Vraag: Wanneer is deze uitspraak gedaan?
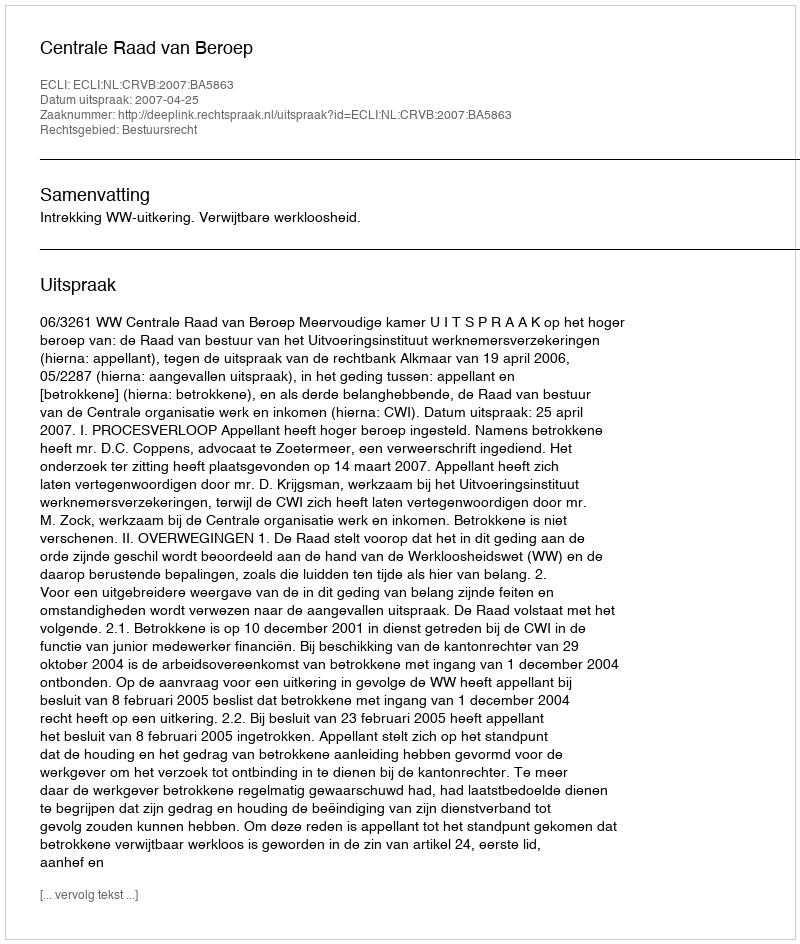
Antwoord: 2007-04-25